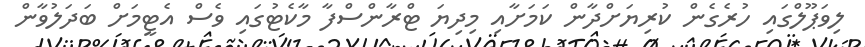
ލިވަޕޫލްގައި ހުރެގެން ކުރިޔަށްދާން ކަމަށާއި މިދިޔަ ޓްރާންސްފާ މާކެޓުގައި ވެސް އެޓީމަށް ބަދަލުވާން